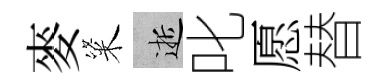
麥粢逝叱愿替